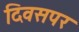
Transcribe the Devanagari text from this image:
दिवसपर